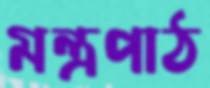
মন্ত্রপাঠ